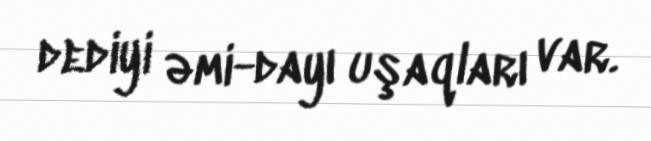
dediyi əmi-dayı uşaqları var.